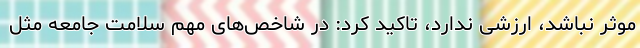
موثر نباشد، ارزشی ندارد، تاکید کرد: در شاخص‌های مهم سلامت جامعه مثل